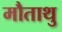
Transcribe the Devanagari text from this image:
मौताथु